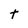
Character: t